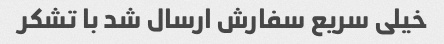
خیلی سریع سفارش ارسال شد با تشکر